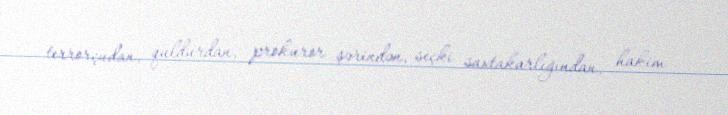
terrorçudan, quldurdan, prokuror şərindən, seçki saxtakarlığından, hakim